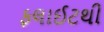
ફલાઈટથી